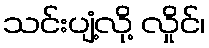
သင်းပျံ့လို့ လှိုင်၊